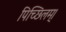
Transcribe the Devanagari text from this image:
पिच्छिलम्।